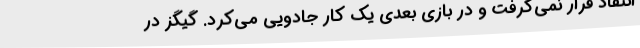
انتقاد قرار نمی‌گرفت و در بازی بعدی یک کار جادویی می‌کرد. گیگز در